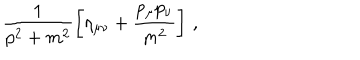
\frac { 1 } { p ^ { 2 } + m ^ { 2 } } \left[ \eta _ { \mu \nu } + \frac { p _ { \mu } p _ { \nu } } { m ^ { 2 } } \right] \, ,